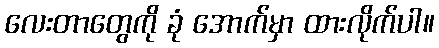
လေးတာတွေကို ခုံ အောက်မှာ ထားလိုက်ပါ။